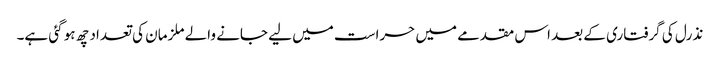
نذرل کی گرفتاری کے بعد اس مقدمے میں حراست میں لیے جانے والے ملزمان کی تعداد چھ ہو گئی ہے۔